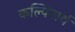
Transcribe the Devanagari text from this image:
कल्पितार्थ